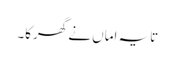
تایہ اماں نے گھرکا۔